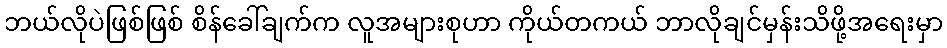
ဘယ်လိုပဲဖြစ်ဖြစ် စိန်ခေါ်ချက်က လူအများစုဟာ ကိုယ်တကယ် ဘာလိုချင်မှန်းသိဖို့အရေးမှာ